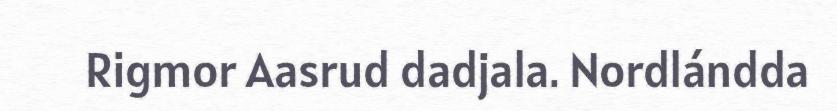
Rigmor Aasrud dadjala. Nordlándda